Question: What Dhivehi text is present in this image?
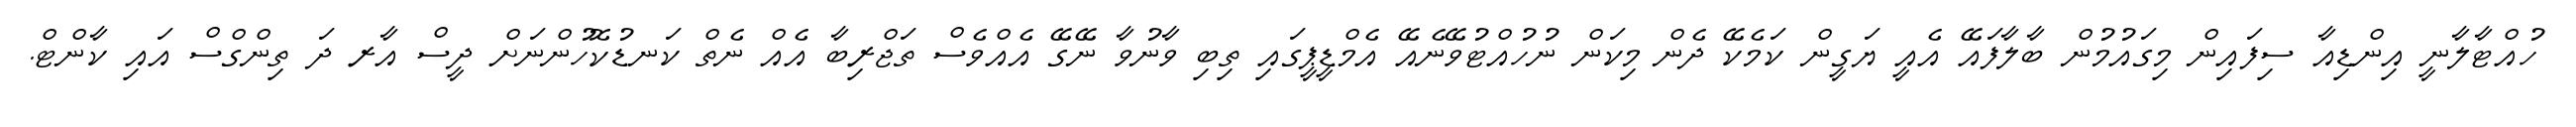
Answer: ހުއްޓާލާނީ އިންޑިއާ ސިފައިން މިގައުމުން ބާލާފައޭ އެއީ ޔަގީން ކަމެކޭ ދެން މިކަން ނުހުއްޓުވޭނެއޭ އެމްޑީޕީގައި ތިބި ވާނުވާ ނޭގޭ އެއްވެސް ތަޖްރިބާ އެއް ނެތް ކަނޑުކޮހުންނަށް ދީސް އާރ ދަ ތިންގްސް އައި ކާންޓް.